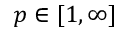
p \in [ 1 , \infty ]